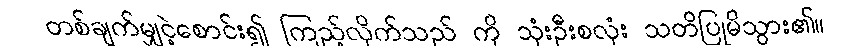
တစ်ချက်မျှငဲ့စောင်း၍ ကြည့်လိုက်သည် ကို သုံးဦးစလုံး သတိပြုမိသွား၏။